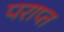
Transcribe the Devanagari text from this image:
पराप्त